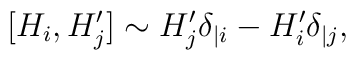
[H_i, H_j^{\prime}] \sim H_j^{\prime}\delta_{|i} - H_i^{\prime}\delta_{|j},